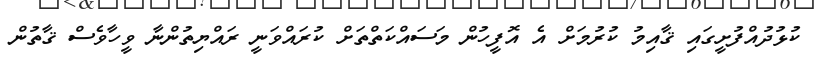
ކުޅުދުއްފުށީގައި ޤާއިމު ކުރުމަށް އެ އޮފީހުން މަސައްކަތްތަށް ކުރައްވަނީ ރައްޔިތުންނާ ވީހާވެސް ޤާތުން